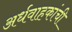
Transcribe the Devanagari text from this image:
अर्धवाहकांची